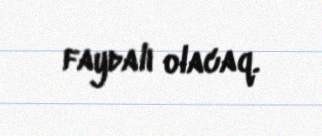
faydalı olacaq.